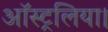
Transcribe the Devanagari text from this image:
ऑस्ट्रलिया।